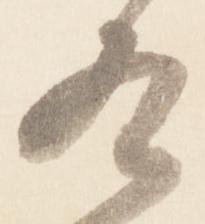
冬